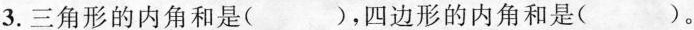
3. 三角形的内角和是( )，四边形的内角和是( )。